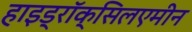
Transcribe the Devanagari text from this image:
हाइड्राॅक्सिलएमीन